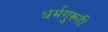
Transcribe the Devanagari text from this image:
धर्मगुरूही